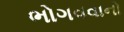
ભોગવવાનો